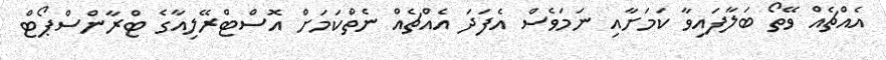
އެއްޗެއް ވޭތޯ ބަލާފައިވާ ކަމަށާއި ނަމަވެސް އެފަދަ އެއްޗެއް ނެތްކަމަށް އޮސްޓްރޭލިއާގެ ޓްރާންސްޕޯޓް